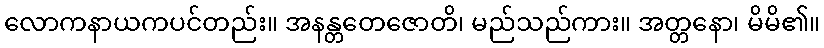
လောကနာယကပင်တည်း။ အနန္တတေဇောတိ၊ မည်သည်ကား။ အတ္တနော၊ မိမိ၏။